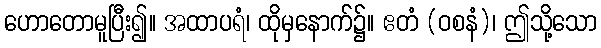
ဟောတောမူပြီး၍။ အထာပရံ၊ ထိုမှနောက်၌။ ဧတံ (ဝစနံ)၊ ဤသို့သော